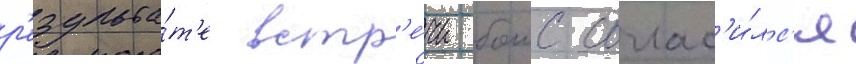
р'езульта́т'е встр'е́чи боис соглас'и́лс'я